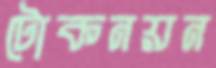
টোকনয়ন